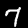
Label: 7